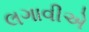
લગાવીએ